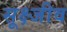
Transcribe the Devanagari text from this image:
सूक्ष्जीव